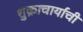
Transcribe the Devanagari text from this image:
शुक्राचार्याची